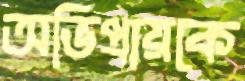
অভিপ্রায়কে